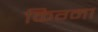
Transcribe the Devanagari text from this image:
किग्मा